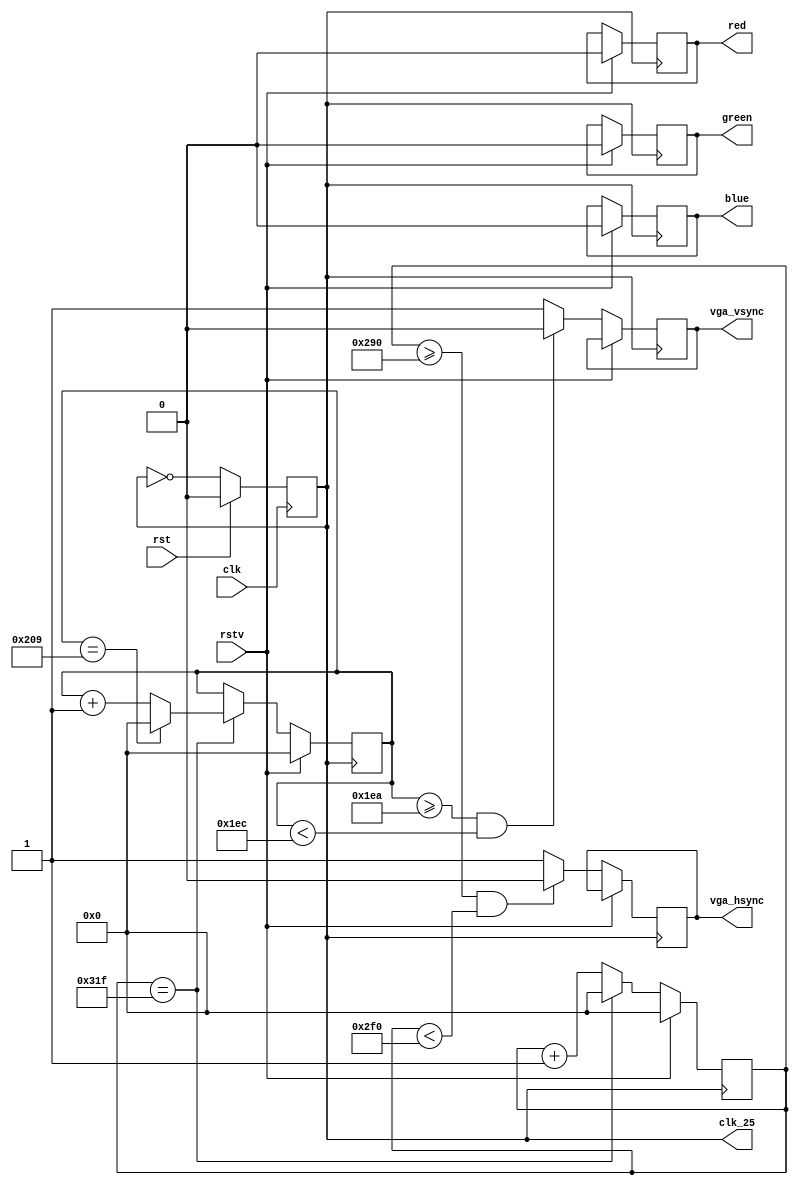
`timescale 1ns / 1ps
//////////////////////////////////////////////////////////////////////////////////
// Company: 
// Engineer: 
// 
// Design Name: 
// Module Name: des
// Project Name: 
// Target Devices: 
// Tool Versions: 
// Description: 
// 
// Dependencies: 
// 
// Revision:
// Revision 0.01 - File Created
// Additional Comments:
// 
//////////////////////////////////////////////////////////////////////////////////

// Interfacing VGA(Video Graphics Array) with SPARTAN3E
// Working frequency of the assumed VGA is 25 MHz
module des(clk, //Main clock
clk_25, //25 MHz clock needed for proper functioning of the VGA
rstv, //VGA reset
rst, //Main reset
red,blue,green, //RGB control signals
vga_hsync,vga_vsync // VGA synchronisation control signals
);

input clk,rstv,rst;
output reg red,blue,green;
output reg vga_hsync,vga_vsync; //Control signals
//Two registers for keeping the track of the current pixel position
reg [9:0] hs=0;
reg [9:0] vs=0;
output reg clk_25; 

//Generation of the required 25MHz clock from the main clock
always @ (posedge clk) 

begin
if(rst)
clk_25<=1'b0;
else
clk_25<=~clk_25; 
end

always @ (posedge clk_25)
begin

if(rstv) //If VGA is reset then all the registers would be initialised to their reset value

begin //closed
hs<=0;
vs<=0;
red<=0;
green<=0;
blue<=0;
end

else
 
begin

if(hs==799) //End of one row of horizontal pixels

begin 
hs<=0; //Back to the first pixel in horizontal row
if(vs==521) //Last row
vs<=0; //Back to first row
else
vs<=vs+1; //Increment row number 
end 

else
hs<=hs+1; //Horizontal pixel increment

if((hs>=656)&&(hs<752)) //Sync Pulse region of h_sync signal which lies in the inactive region of the display
vga_hsync<=0; //h_sync becomes zero in the sync pulse region 
else
vga_hsync<=1; //h_sync remains 1 otherwise i.e., in Front Porch (640 to 656) and Back Porch (752 to 800) regions

if((vs>=490)&&(vs<492)) //Sync Pulse region of v_sync signal which lies in the inactive region of the display
vga_vsync<=0; //v_sync becomes zero in the sync pulse region
else
vga_vsync<=1; //v_sync remains 1 otherwise i.e., in Front Porch (480 to 490) and Back Porch (492 to 521) regions

end

end

endmodule